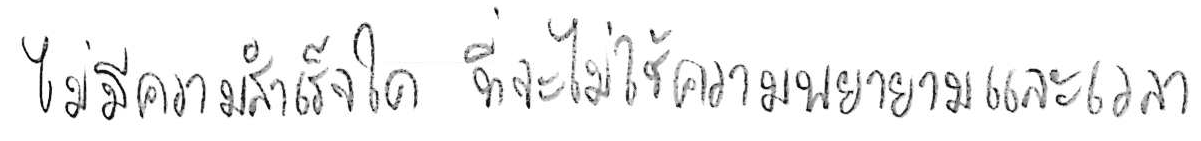
ไม่มีความสำเร็จใด ที่จะไม่ใช้ความพยายามและเวลา